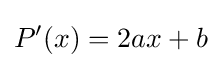
P'(x)=2ax+b